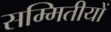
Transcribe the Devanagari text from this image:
सम्मितीयों